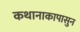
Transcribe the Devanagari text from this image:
कथानाकापासुन